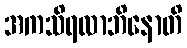
အကသိရလာဘိနောတိ